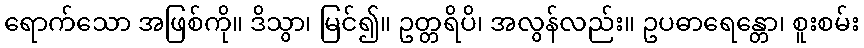
ရောက်သော အဖြစ်ကို။ ဒိသွာ၊ မြင်၍။ ဥတ္တရိပိ၊ အလွန်လည်း။ ဥပဓာရေန္တော၊ စူးစမ်း